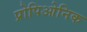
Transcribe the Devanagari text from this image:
प्रोपिओनिक